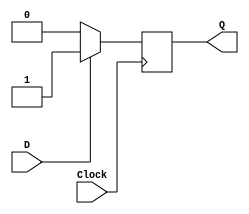
module pedestrian(D, Clock, Q);
input D, Clock;

output reg Q;

// turn on the led or off
always@ ( posedge Clock)
	if (D)
	Q = D;
	else 
	Q = 0;
endmodule